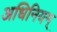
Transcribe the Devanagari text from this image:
अधिनियम्